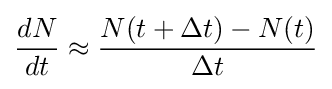
{\displaystyle {\frac {dN}{dt}}\approx {\frac {N(t+\Delta t)-N(t)}{\Delta t}}}